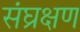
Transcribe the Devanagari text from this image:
संघ्रक्षण